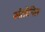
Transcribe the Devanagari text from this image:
संतोषित